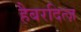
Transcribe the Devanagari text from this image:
हैबरदित्ज़